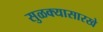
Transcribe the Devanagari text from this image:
सुळक्यासारखे